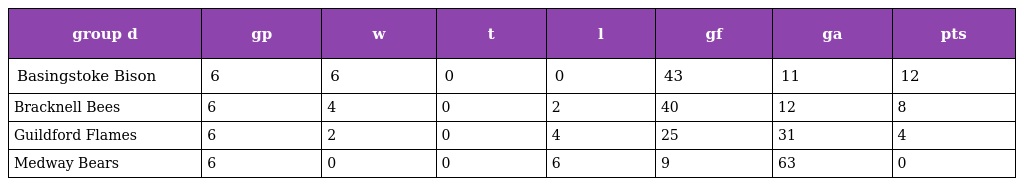
| group d | gp | w | t | l | gf | ga | pts |
 | --- | --- | --- | --- | --- | --- | --- | --- |
 | Basingstoke Bison | 6 | 6 | 0 | 0 | 43 | 11 | 12 |
 | Bracknell Bees | 6 | 4 | 0 | 2 | 40 | 12 | 8 |
 | Guildford Flames | 6 | 2 | 0 | 4 | 25 | 31 | 4 |
 | Medway Bears | 6 | 0 | 0 | 6 | 9 | 63 | 0 |